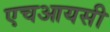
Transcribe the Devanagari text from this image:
एचआयसी